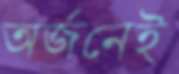
অর্জনেই